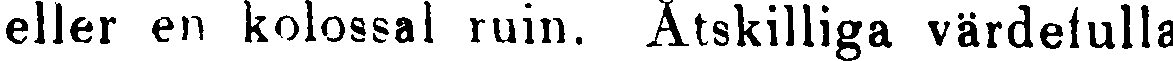
eller en kolossal ruin. Åtskilliga värdefulla